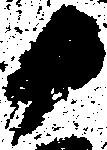
か